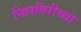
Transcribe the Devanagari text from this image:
निलगिरीच्‍या